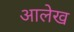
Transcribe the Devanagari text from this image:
अालेख